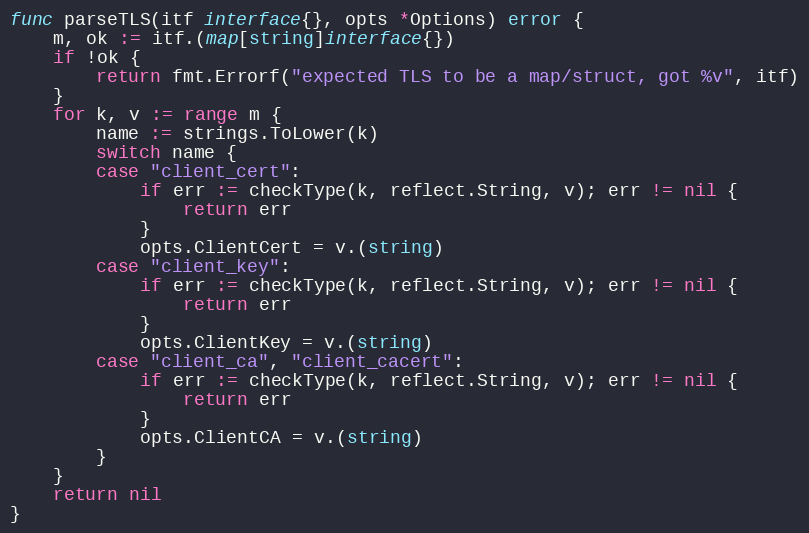
Language: Go
func parseTLS(itf interface{}, opts *Options) error {
	m, ok := itf.(map[string]interface{})
	if !ok {
		return fmt.Errorf("expected TLS to be a map/struct, got %v", itf)
	}
	for k, v := range m {
		name := strings.ToLower(k)
		switch name {
		case "client_cert":
			if err := checkType(k, reflect.String, v); err != nil {
				return err
			}
			opts.ClientCert = v.(string)
		case "client_key":
			if err := checkType(k, reflect.String, v); err != nil {
				return err
			}
			opts.ClientKey = v.(string)
		case "client_ca", "client_cacert":
			if err := checkType(k, reflect.String, v); err != nil {
				return err
			}
			opts.ClientCA = v.(string)
		}
	}
	return nil
}